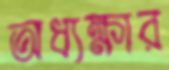
অধ্যক্ষার